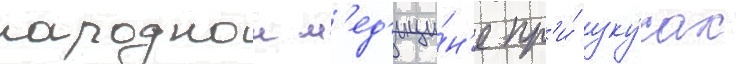
народнои м'ед'ици́н'е пр'и́ уку́сах